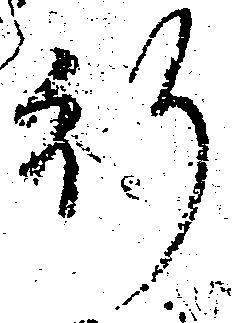
行